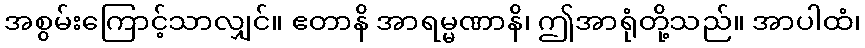
အစွမ်းကြောင့်သာလျှင်။ ဧတာနိ အာရမ္မဏာနိ၊ ဤအာရုံတို့သည်။ အာပါထံ၊